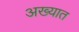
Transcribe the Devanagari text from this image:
अख्यात